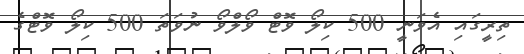
ތިރީގައި އެވަނީ 500 ކިލޯ ވޮޓް ވޯލްވޯ ނުވަތަ 500 ކިލޯ ވޮޓްގެ